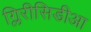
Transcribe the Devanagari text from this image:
ग्लिरीसिडीआ